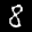
Digit: 8